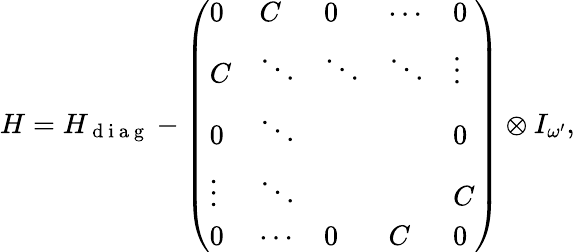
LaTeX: H=H_{\mathrm{~d~i~a~g~}}-\left(\begin{array}{lllll}{0}&{C}&{0}&{\cdots}&{0}\\ {C}&{\ddots}&{\ddots}&{\ddots}&{\vdots}\\ {0}&{\ddots}&{}&{}&{0}\\ {\vdots}&{\ddots}&{}&{}&{C}\\ {0}&{\cdots}&{0}&{C}&{0}\end{array}\right)\otimes I_{\omega^{\prime}},